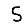
Digit: 5